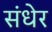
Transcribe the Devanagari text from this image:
संधेर